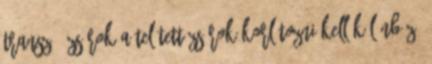
transz - zsírok a telített zsírok korlátozni kell különböző